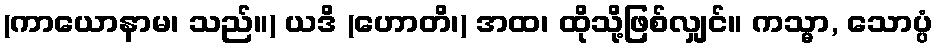
(ကာယောနာမ၊ သည်။) ယဒိ (ဟောတိ၊) အထ၊ ထိုသို့ဖြစ်လျှင်။ ကသ္မာ, သောပ္ပံ